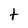
Character: t